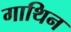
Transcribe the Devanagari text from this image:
गाथिन